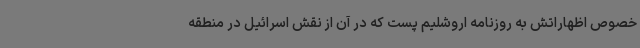
خصوص اظهاراتش به روزنامه اروشلیم پست که در آن از نقش اسرائیل در منطقه